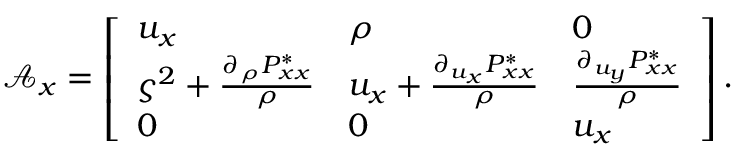
\mathcal { A } _ { x } = \left[ \begin{array} { l l l } { u _ { x } } & { \rho } & { 0 } \\ { \varsigma ^ { 2 } + \frac { \partial _ { \rho } P _ { x x } ^ { * } } { \rho } } & { u _ { x } + \frac { \partial _ { u _ { x } } P _ { x x } ^ { * } } { \rho } } & { \frac { \partial _ { u _ { y } } P _ { x x } ^ { * } } { \rho } } \\ { 0 } & { 0 } & { u _ { x } } \end{array} \right] .